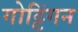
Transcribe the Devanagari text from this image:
गोट्टिंगन